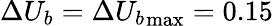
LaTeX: \Delta U_{b}=\Delta{U_{b}}_{\textnormal{max}}=0.15